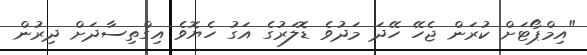
"އިމްޕޯޓަށް ކުރަން ޖެހޭ ހޭދަ މަދުވެ ޑޮލަރުގެ އަގު ހެޔޮވެ އިގްތިސާދަށް ދިރުން